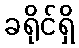
ခရိုင်ရှိ